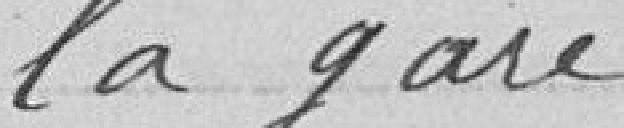
la gare.